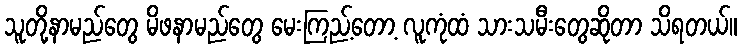
သူတို့နာမည်တွေ မိဖနာမည်တွေ မေးကြည့်တော့ လူကုံထံ သားသမီးတွေဆိုတာ သိရတယ်။